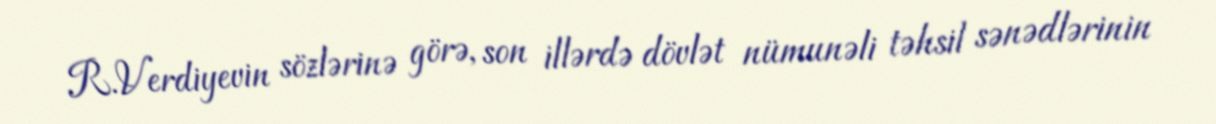
R.Verdiyevin sözlərinə görə, son illərdə dövlət nümunəli təhsil sənədlərinin